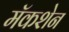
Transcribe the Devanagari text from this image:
मॅकशेन